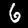
Label: 6